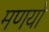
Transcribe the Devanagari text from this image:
मणयो